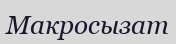
Макросызат